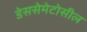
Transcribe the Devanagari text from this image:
डेससेमेटोसील